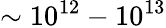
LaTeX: \sim 10^{12}-10^{13}